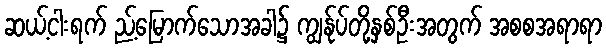
ဆယ့်ငါးရက် ည့်မြောက်သောအခါ၌ ကျွန်ုပ်တို့နှစ်ဦးအတွက် အစစအရာရာ